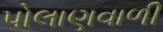
પોલાણવાળી